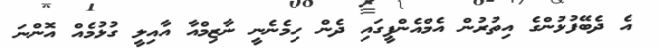
އެ ދެބޭފުޅުންގެ އިތުރުން އެމްއެންޕީގައި ދެން ހިމެނެނީ ނާޒިމްއާ އާއިލީ ގުޅުމެއް އޮންނަ